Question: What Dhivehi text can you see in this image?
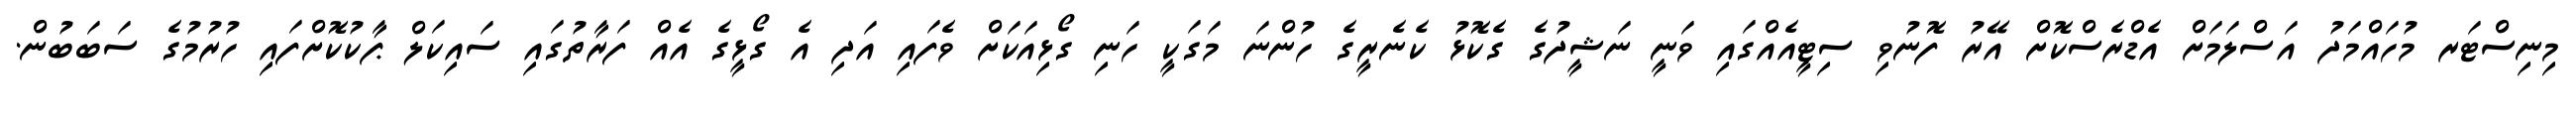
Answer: މިނިސްޓަރ މުހައްމަދު އަސްލަމަށް އެޑްރެސްކޮށް އޭރު ފޮނުވި ސިޓީއެއްގައި ވަނީ ނަޝީދުގެ ގެކޮޅު ކެނެރީގެ ހުންނަ މަގަކީ ހަނި ގޯޅިއަކަށް ވެފައި އަދި އެ ގޯޅީގެ އެއް ފަރާތުގައި ސައިކަލް ޕާކުކޮށްފައި ހުރުމުގެ ސަބަބުން.